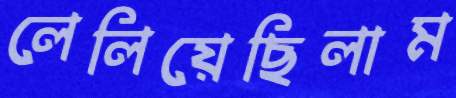
লেলিয়েছিলাম